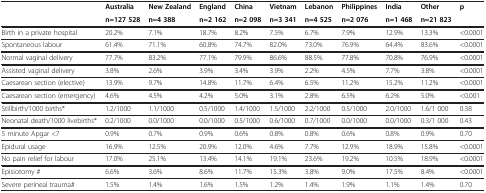
<table><thead><tr><td><b> </b></td><td><b>Australia</b></td><td><b>New Zealand</b></td><td><b>England</b></td><td><b>China</b></td><td><b>Vietnam</b></td><td><b>Lebanon</b></td><td><b>Philippines</b></td><td><b>India</b></td><td><b>Other</b></td><td><b>p</b></td></tr><tr><td><b> </b></td><td><b>n=127 528</b></td><td><b>n=4 388</b></td><td><b>n=2 162</b></td><td><b>n=2 098</b></td><td><b>n=3 341</b></td><td><b>n=4 525</b></td><td><b>n=2 076</b></td><td><b>n=1 468</b></td><td><b>n=21 823</b></td><td><b> </b></td></tr></thead><tbody><tr><td>Birth in a private hospital</td><td>20.2%</td><td>7.1%</td><td>18.7%</td><td>8.2%</td><td>7.5%</td><td>6.7%</td><td>7.9%</td><td>12.9%</td><td>13.3%</td><td>&lt;0.0001</td></tr><tr><td>Spontaneous labour</td><td>61.4%</td><td>71.1%</td><td>60.8%</td><td>74.7%</td><td>82.0%</td><td>73.0%</td><td>76.9%</td><td>64.4%</td><td>83.6%</td><td>&lt;0.0001</td></tr><tr><td>Normal vaginal delivery</td><td>77.7%</td><td>83.2%</td><td>77.1%</td><td>79.9%</td><td>86.6%</td><td>88.5%</td><td>77.8%</td><td>70.8%</td><td>76.9%</td><td>&lt;0.0001</td></tr><tr><td>Assisted vaginal delivery</td><td>3.8%</td><td>2.6%</td><td>3.9%</td><td>3.4%</td><td>3.9%</td><td>2.2%</td><td>4.5%</td><td>7.7%</td><td>3.8%</td><td>&lt;0.0001</td></tr><tr><td>Caesarean section (elective)</td><td>13.9%</td><td>9.7%</td><td>14.8%</td><td>11.7%</td><td>6.4%</td><td>6.5%</td><td>11.2%</td><td>15.2%</td><td>11.2%</td><td>&lt;0.0001</td></tr><tr><td>Caesarean section (emergency)</td><td>4.6%</td><td>4.5%</td><td>4.2%</td><td>5.0%</td><td>3.1%</td><td>2.8%</td><td>6.5%</td><td>6.2%</td><td>5.0%</td><td>&lt;0.001</td></tr><tr><td>Stillbirth/1000 births*</td><td>1.2/1000</td><td>1.1/1000</td><td>0.5/1000</td><td>1.4/1000</td><td>1.5/1000</td><td>2.2/1000</td><td>0.5/1000</td><td>2.0/1000</td><td>1.6/1 000</td><td>0.38</td></tr><tr><td>Neonatal death/1000 livebirths*</td><td>0.2/1000</td><td>0.0/1000</td><td>0.0/1000</td><td>0.5/1000</td><td>0.6/1000</td><td>0.7/1000</td><td>0.0/1000</td><td>0.0/1000</td><td>0.3/1 000</td><td>0.43</td></tr><tr><td>5 minute Apgar &lt;7</td><td>0.9%</td><td>0.7%</td><td>0.9%</td><td>0.6%</td><td>0.8%</td><td>0.8%</td><td>0.6%</td><td>0.8%</td><td>0.9%</td><td>0.70</td></tr><tr><td>Epidural usage</td><td>16.9%</td><td>12.5%</td><td>20.9%</td><td>12.0%</td><td>4.6%</td><td>7.7%</td><td>12.9%</td><td>18.9%</td><td>15.8%</td><td>&lt;0.0001</td></tr><tr><td>No pain relief for labour</td><td>17.0%</td><td>25.1%</td><td>13.4%</td><td>14.1%</td><td>19.1%</td><td>23.6%</td><td>19.2%</td><td>10.5%</td><td>18.9%</td><td>&lt;0.0001</td></tr><tr><td>Episiotomy #</td><td>6.6%</td><td>3.6%</td><td>8.6%</td><td>11.7%</td><td>15.3%</td><td>3.8%</td><td>9.0%</td><td>17.5%</td><td>8.4%</td><td>&lt;0.0001</td></tr><tr><td>Severe perineal trauma#</td><td>1.5%</td><td>1.4%</td><td>1.6%</td><td>1.5%</td><td>1.2%</td><td>1.4%</td><td>1.9%</td><td>1.1%</td><td>1.4%</td><td>0.70</td></tr></tbody></table>